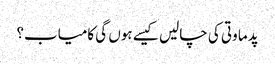
پدما وتی کی چالیں کیسے ہوں گی کامیاب؟